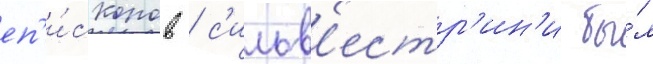
еп'и́скопов / с'ильв'естр'ин'и бы́л